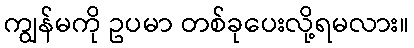
ကျွန်မကို ဥပမာ တစ်ခုပေးလို့ရမလား။